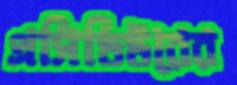
প্রসিডিউরের